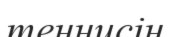
теннисін